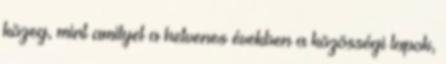
közeg, mint amilyet a hetvenes években a közösségi lapok,